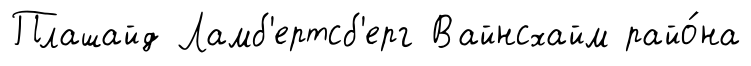
Плашайд Ламб'ертсб'ерг Вайнсхайм райо́на